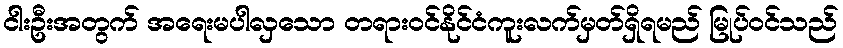
ငါးဦးအတွက် အရေးမပါလှသော တရားဝင်နိုင်ငံကူးလက်မှတ်ရှိရမည် မြုပ်ဝင်သည်